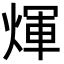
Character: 煇